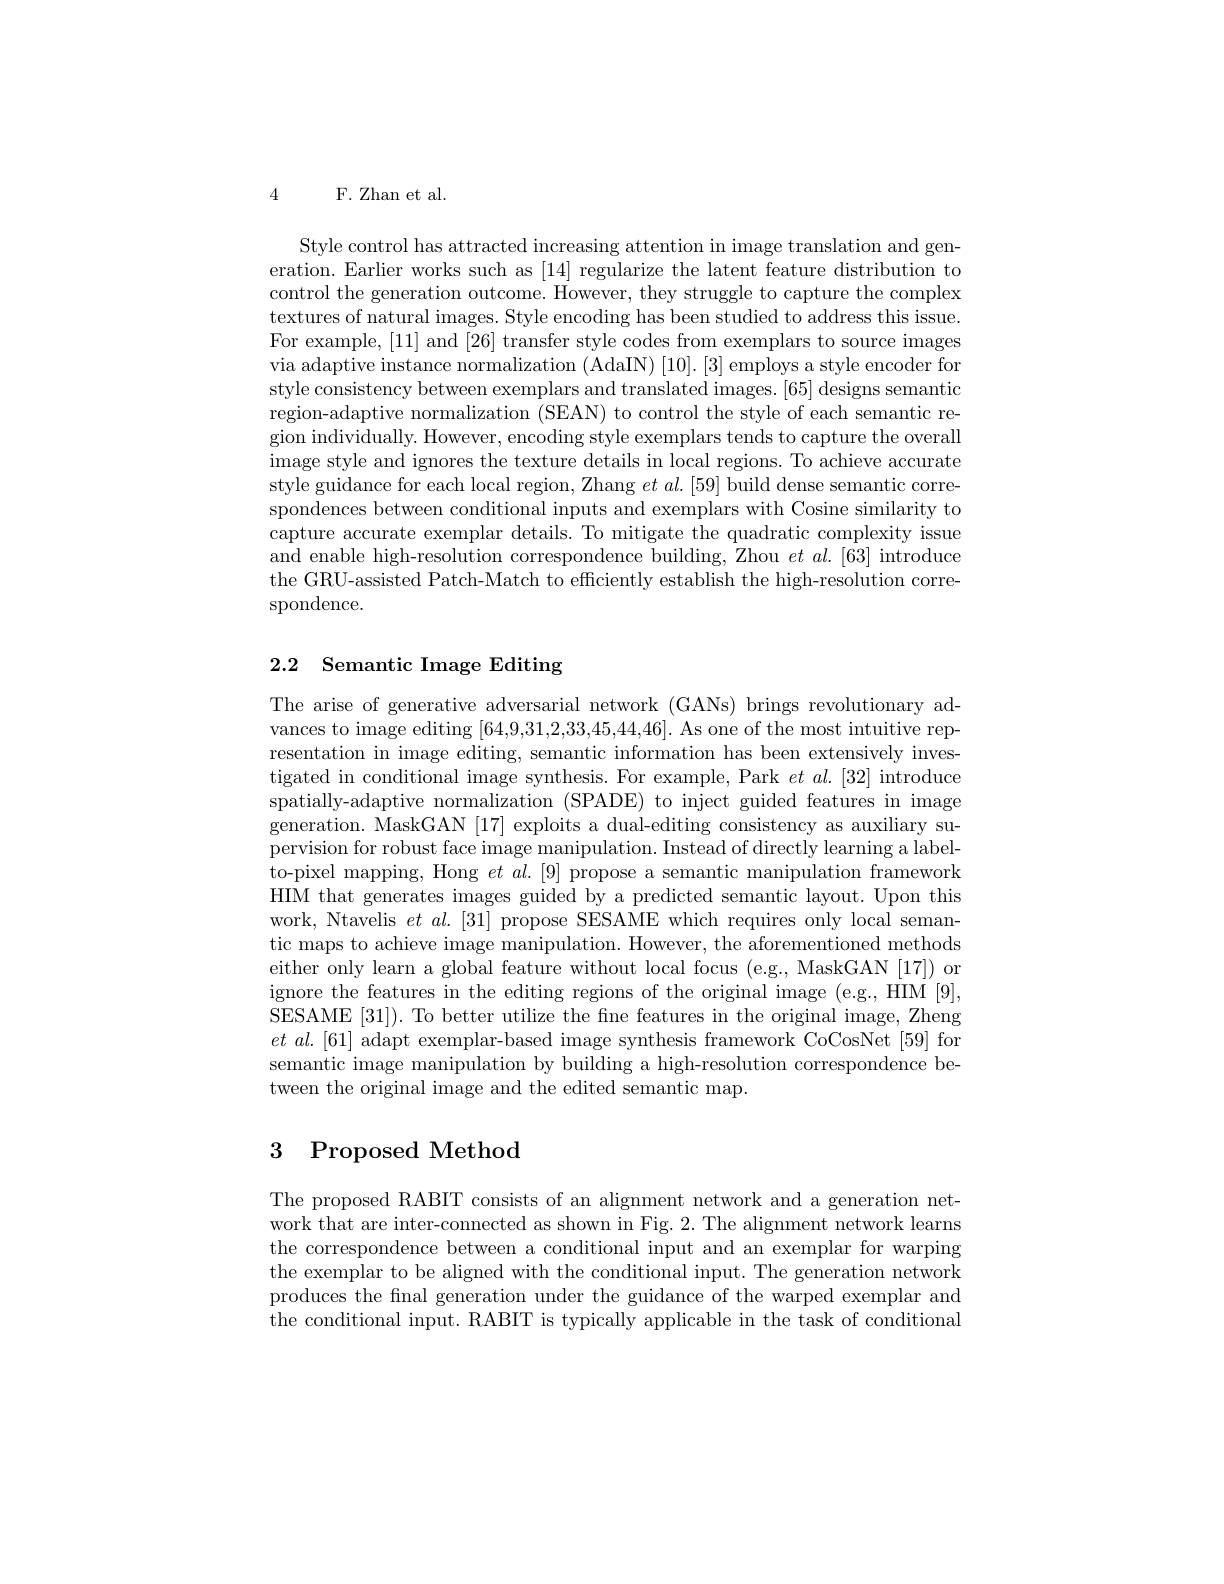
4 F. Zhan et al.

Style control has attracted increasing attention in image translation and generation. Earlier works such as [14] regularize the latent feature distribution to control the generation outcome. However, they struggle to capture the complex textures of natural images. Style encoding has been studied to address this issue. For example, [11] and [26] transfer style codes from exemplars to source images via adaptive instance normalization (AdaIN) [10]. [3] employs a style encoder for style consistency between exemplars and translated images. [65] designs semantic region-adaptive normalization (SEAN) to control the style of each semantic region individually. However, encoding style exemplars tends to capture the overall image style and ignores the texture details in local regions. To achieve accurate style guidance for each local region, Zhang $et\textit{al. [ 59] build dense semantic corre- }$ spondences between conditional inputs and exemplars with Cosine similarity to capture accurate exemplar details. To mitigate the quadratic complexity issue and enable high-resolution correspondence building, Zhou $et\textit{al. [ 63] introduce}$ the GRU-assisted Patch-Match to efficiently establish the high-resolution correspondence.

## 2.2 Semantic Image Editing

The arise of generative adversarial network (GANs) brings revolutionary advances to image editing [64,9,31,2,33,45,44,46]. As one of the most intuitive representation in image editing, semantic information has been extensively investigated in conditional image synthesis. For example, Park $et\textit{al. [ 32] introduce}$ spatially-adaptive normalization (SPADE) to inject guided features in image generation. MaskGAN [17] exploits a dual-editing consistency as auxiliary supervision for robust face image manipulation. Instead of directly learning a labelto-pixel mapping, Hong $et$ $al.[9]$ propose a semantic manipulation framework HIM that generates images guided by a predicted semantic layout. Upon this work, Ntavelis $et$ $al.[31]$ propose SESAME which requires only local semantic maps to achieve image manipulation. However, the aforementioned methods either only learn a global feature without local focus (e.g., MaskGAN [17]) or ignore the features in the editing regions of the original image (e.g., HIM[9], SESAME[31]). To better utilize the fne features in the original image, Zheng $et~al.~[61]~$adapt exemplar-based image synthesis framework CoCosNet [59] for semantic image manipulation by building a high-resolution correspondence between the original image and the edited semantic map.

# 3 Proposed Method

The proposed RABIT consists of an alignment network and a generation network that are inter-connected as shown in Fig. 2. The alignment network learns the correspondence between a conditional input and an exemplar for warping the exemplar to be aligned with the conditional input. The generation network produces the final generation under the guidance of the warped exemplar and the conditional input. RABIT is typically applicable in the task of conditional